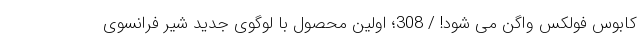
کابوس فولکس واگن می شود! / 308؛ اولین محصول با لوگوی جدید شیر فرانسوی